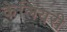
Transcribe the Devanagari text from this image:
केलियरी